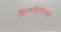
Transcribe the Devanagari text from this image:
झिम्बाब्वेसारख्या